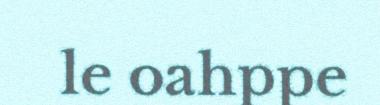
le oahppe